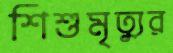
শিশুমৃত্যুর